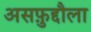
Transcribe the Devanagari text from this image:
असफ़ुद्दौला